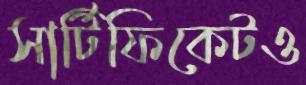
সার্টিফিকেটও